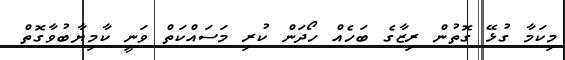
މިކަމާ ގުޅޭ ގޮތުން ރިޒާގެ ބަހެއް ހޯދަން ކުރި މަސައްކަތް ވަނީ ކާމިޔާބުވާގޮތް